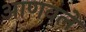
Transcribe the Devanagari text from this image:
आणवले